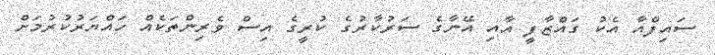
ސައިފްއާ އެކު ގައްޒާފީ އާއި އޭނާގެ ސަރުކާރުގެ ކުރީގެ އިސް ވެރިންތަކެއް ހައްޔަރުކުރުމަށް